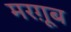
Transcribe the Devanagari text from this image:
मरग़ूूब